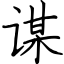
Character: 谋